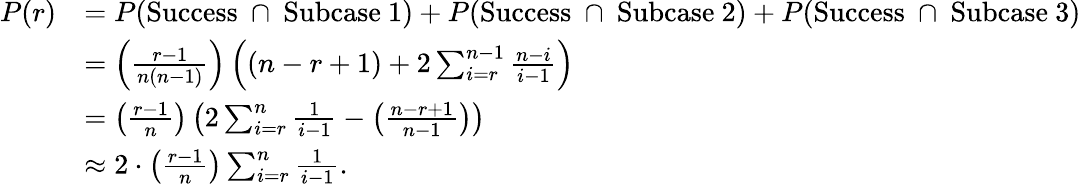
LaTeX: \begin{array}{rl}{P(r)}&{=P(\mathrm{Success~}\cap\mathrm{~Subcase~1})+P(\mathrm{Success~}\cap\mathrm{~Subcase~2})+P(\mathrm{Success~}\cap\mathrm{~Subcase~3})}\\ &{=\left(\frac{r-1}{n(n-1)}\right)\left((n-r+1)+2\sum_{i=r}^{n-1}\frac{n-i}{i-1}\right)}\\ &{=\left(\frac{r-1}{n}\right)\left(2\sum_{i=r}^{n}\frac{1}{i-1}-\left(\frac{n-r+1}{n-1}\right)\right)}\\ &{\approx 2\cdot\left(\frac{r-1}{n}\right)\sum_{i=r}^{n}\frac{1}{i-1}.}\end{array}